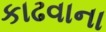
કાઢવાના